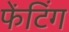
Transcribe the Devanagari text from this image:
फेंटिंग